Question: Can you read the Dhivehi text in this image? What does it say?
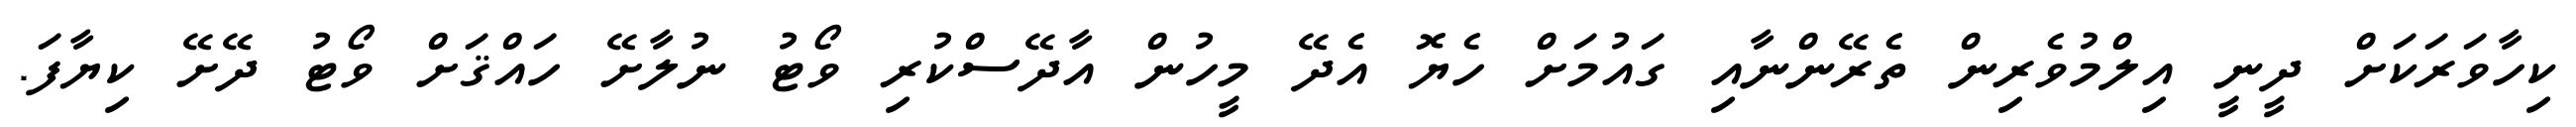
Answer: ކިހާވަރަކަށް ދީނީ އިލްމުވެރިން ތެރޭންނާއި ގައުމަށް ހެޔޮ އެދޭ މީހުން އާދޭސްކުރި ވޯޓު ނުލާށޭ ހައްޤަށް ވޯޓު ދޭށޭ ކިޔާފަ.